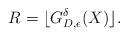
LaTeX: \begin{align*}R = \lfloor G_{D, \epsilon}^{\delta}(X) \rfloor. \end{align*}